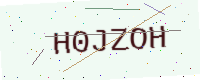
Text: H0JZOH